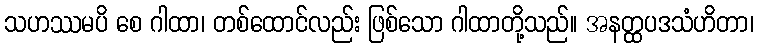
သဟဿမပိ စေ ဂါထာ၊ တစ်ထောင်လည်း ဖြစ်သော ဂါထာတို့သည်။ အနတ္ထပဒသံဟိတာ၊